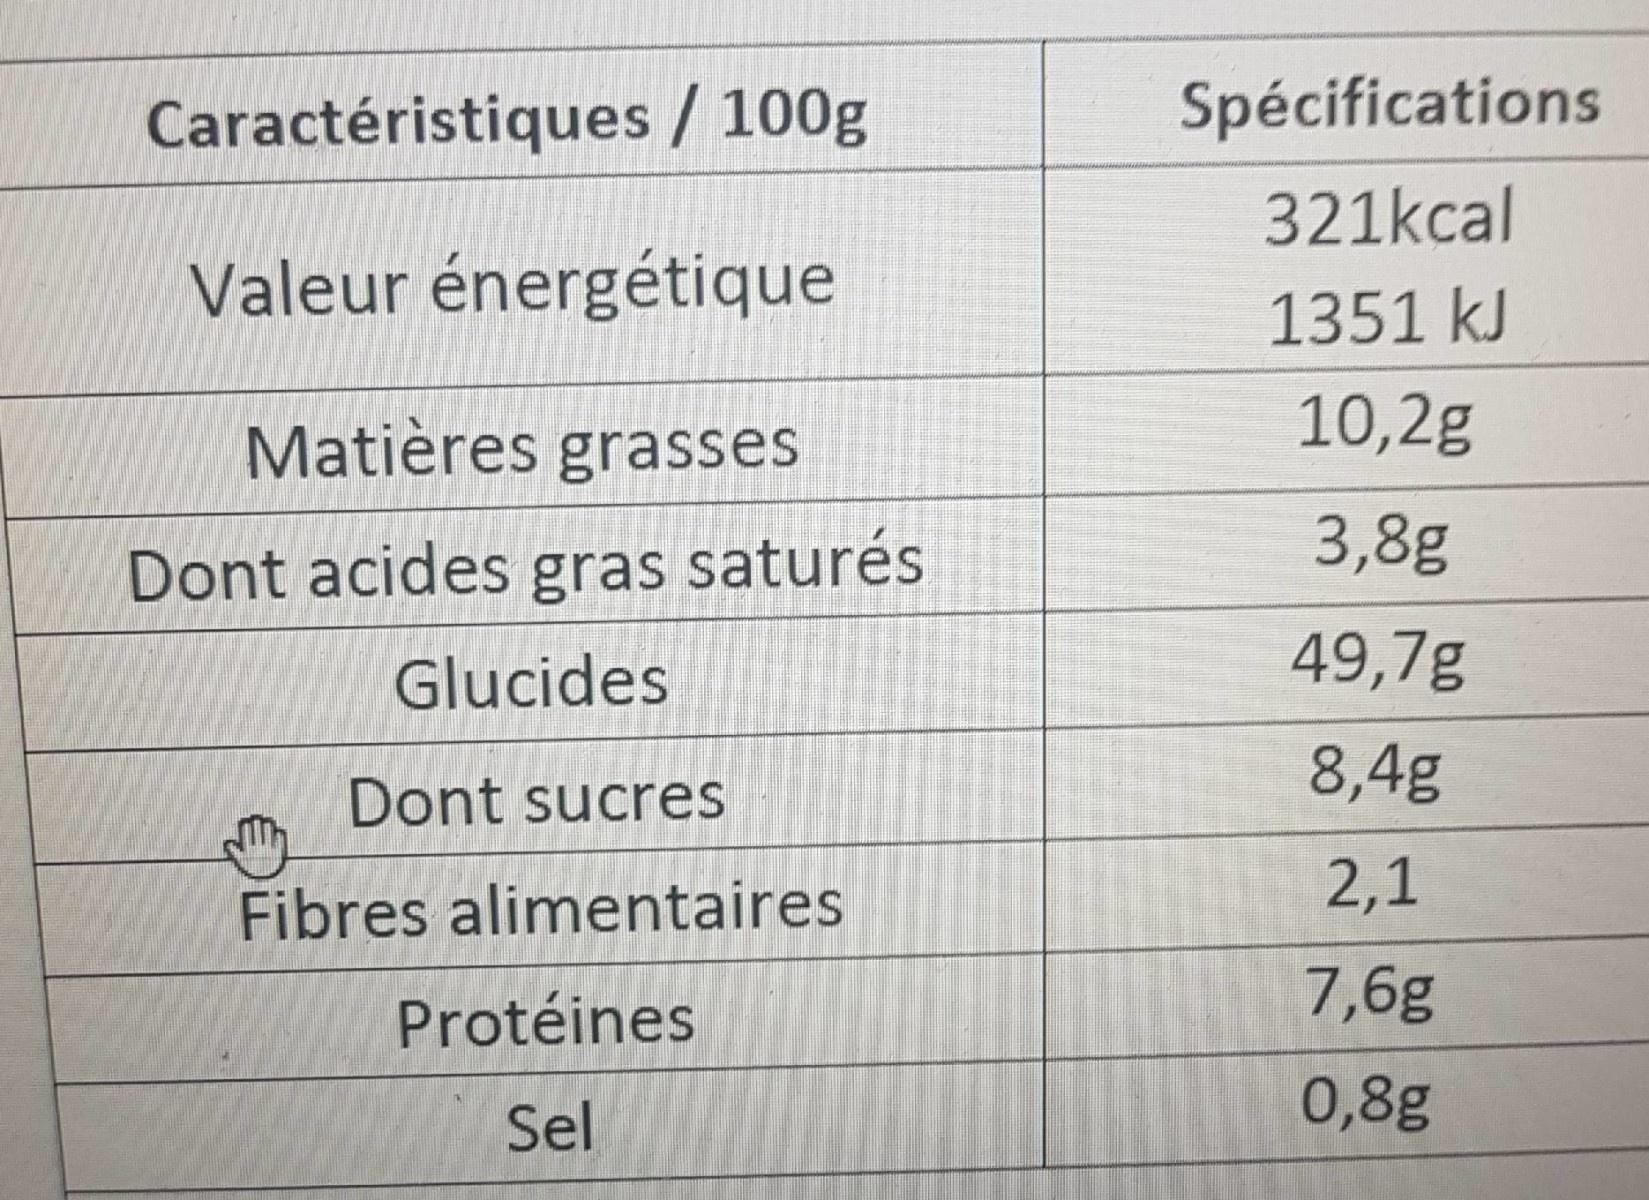
Caractéristiques / 100g
Spécifications
321kcal
Valeur énergétique
1351 kJ
Matières grasses
10,2g
3,8g
Dont acides gras saturés
49,7g
Glucides
8,4g
Dont sucres
Fibres alimentaires
2,1
Protéines
7,6g
Sel
0,8g